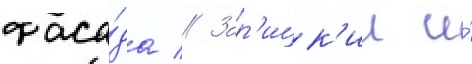
фаса́да // Зар'ицк'ии и́